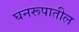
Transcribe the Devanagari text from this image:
घनरूपातील